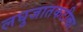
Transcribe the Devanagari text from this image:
लघुजातकटीका